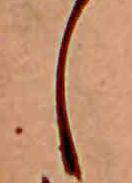
し